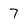
Character: 7